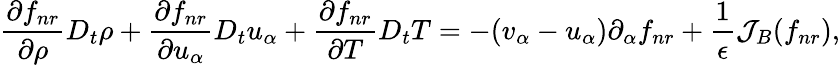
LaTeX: \frac{\partial f_{nr}}{\partial\rho}D_{t}\rho+\frac{\partial f_{nr}}{\partial u_{\alpha}}D_{t}u_{\alpha}+\frac{\partial f_{nr}}{\partial T}D_{t}T=-(v_{\alpha}-u_{\alpha})\partial_{\alpha}f_{nr}+\frac{1}{\epsilon}\mathcal{J}_{B}(f_{nr}),